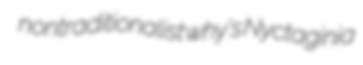
nontraditionalist why's Nyctaginia